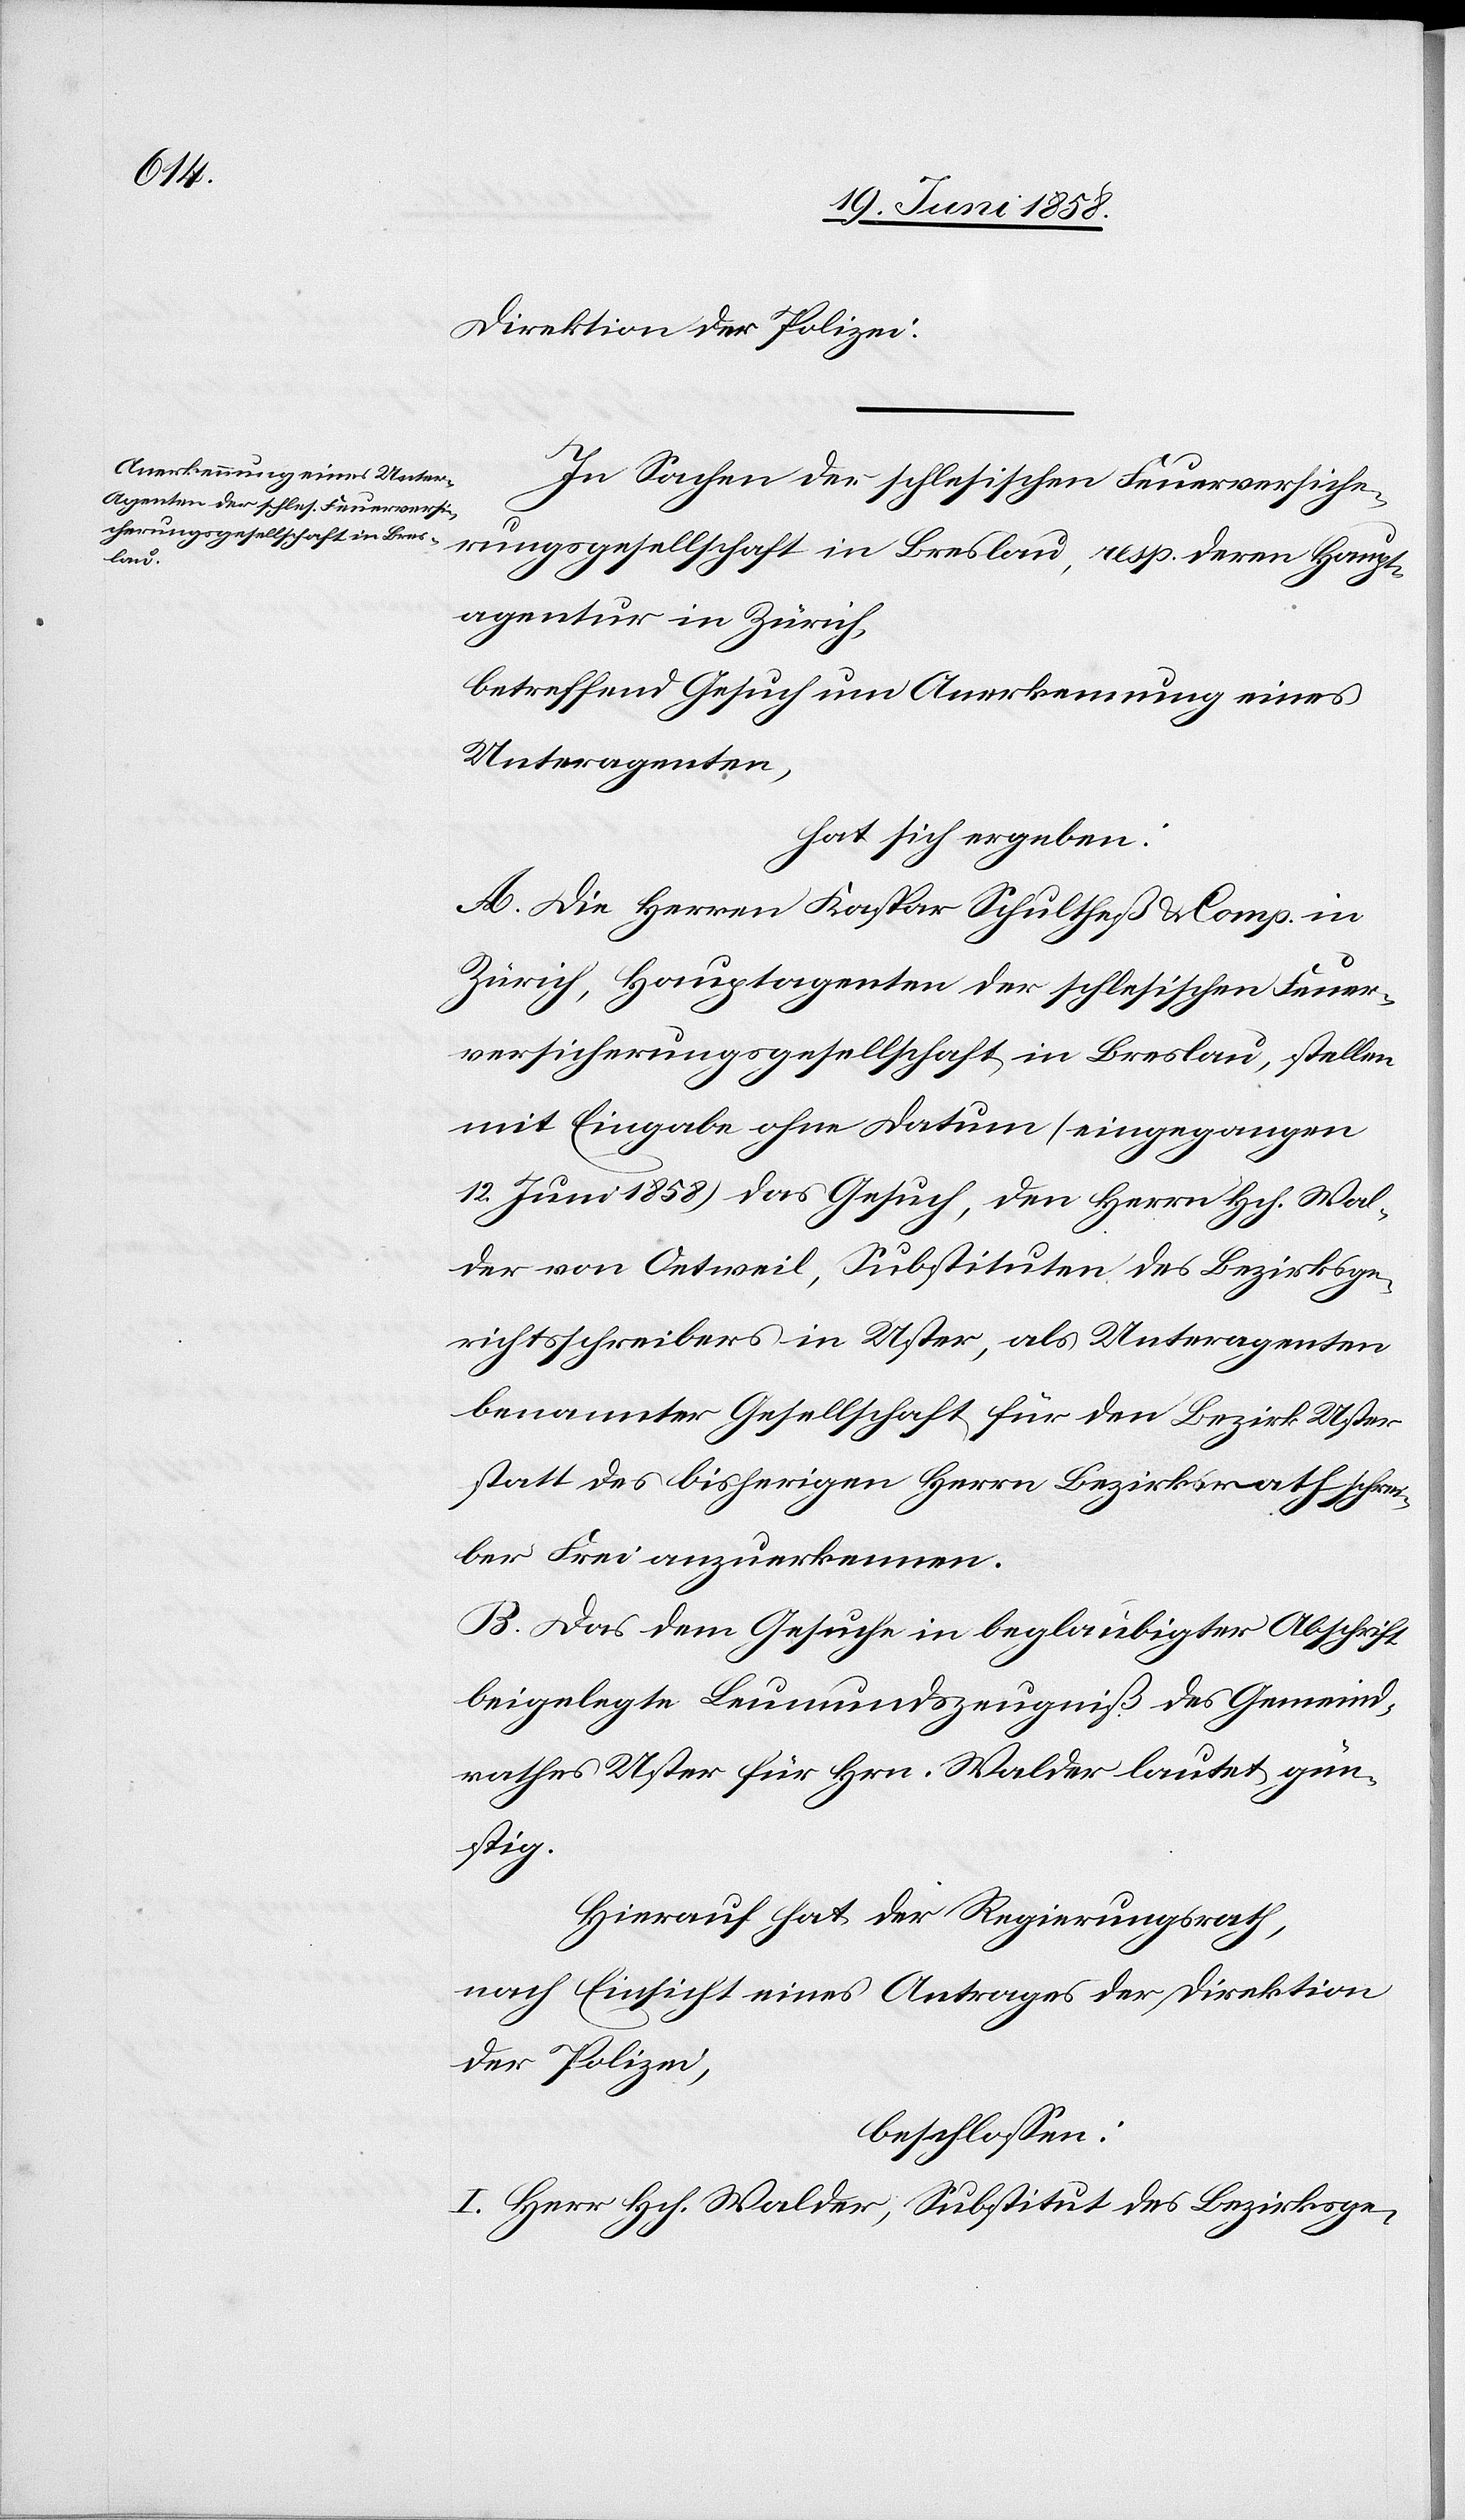
Direktion der Polizei.
In Sachen der schlesischen Feuerversiche¬
rungsgesellschaft in Breslau, resp. deren Haupt¬
agentur in Zürich,
betreffend Gesuch um Anerkennung eines
Unteragenten,
hat sich ergeben:
A. Die Herren Kaspar Schultheß & Comp. in
Zürich, Hauptagenten der schlesischen Feuer¬
versicherungsgesellschaft in Breslau, stellen
mit Eingabe ohne Datum (eingegangen
12. Juni 1858) das Gesuch, den Herrn Hch. Wal¬
der von Oetweil, Substituten des Bezirksge¬
richtsschreibers in Uster, als Unteragenten
benannter Gesellschaft für den Bezirk Uster
statt des bisherigen Herrn Bezirksraths[s]chrei¬
ber Frei anzuerkennen.
B. Das dem Gesuche in beglaubigter Abschrift
beigelegte Leumundszeugniß des Gemeind¬
rathes Uster für Hrn. Walder lautet gün¬
stig.
Hierauf hat der Regierungsrath,
nach Einsicht eines Antrages der Direktion
der Polizei,
beschlossen:
I. Herr Hch. Walder, Substitut des Bezirksge-